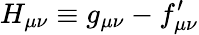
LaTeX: H_{\mu\nu}\equiv g_{\mu\nu}-f_{\mu\nu}^{\prime}